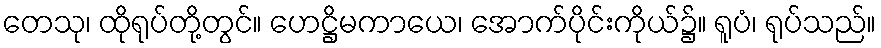
တေသု၊ ထိုရုပ်တို့တွင်။ ဟေဋ္ဌိမကာယေ၊ အောက်ပိုင်းကိုယ်၌။ ရူပံ၊ ရုပ်သည်။